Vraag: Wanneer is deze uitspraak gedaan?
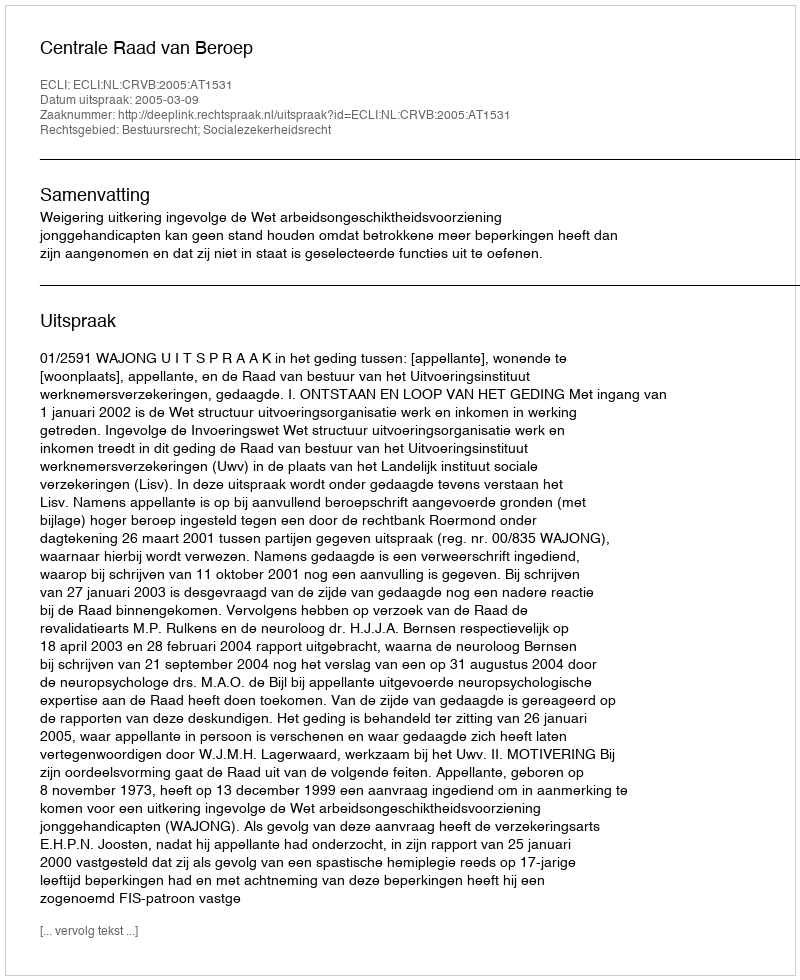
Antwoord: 2005-03-09